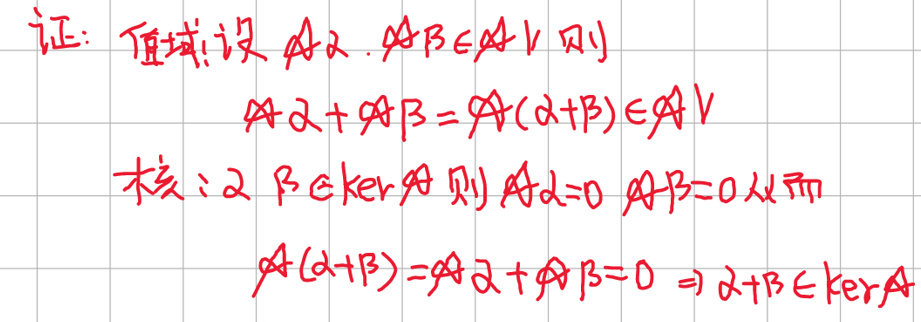
证：
值域：设$\mathscr{A}\alpha,\mathscr{A}\beta\in\mathscr{A}V$，则
\[
\mathscr{A}\alpha+\mathscr{A}\beta=\mathscr{A}(\alpha + \beta)\in\mathscr{A}V
\]
核：设$\alpha,\beta\in\ker\mathscr{A}$，则$\mathscr{A}\alpha = 0,\mathscr{A}\beta = 0$，从而
\[
\mathscr{A}(\alpha+\beta)=\mathscr{A}\alpha+\mathscr{A}\beta = 0\Rightarrow\alpha+\beta\in\ker\mathscr{A}
\]